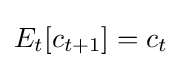
E_{t}[c_{t+1}]=c_{t}